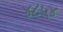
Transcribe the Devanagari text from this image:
४८५४